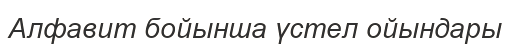
Алфавит бойынша үстел ойындары